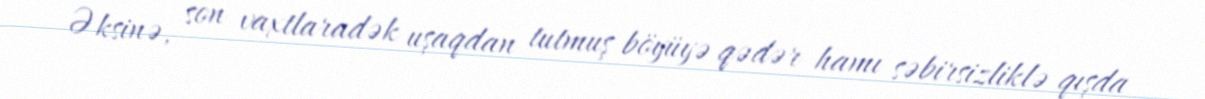
Əksinə, son vaxtlaradək uşaqdan tutmuş böyüyə qədər hamı səbirsizliklə qışda